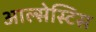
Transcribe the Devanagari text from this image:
आल्सेस्टिस